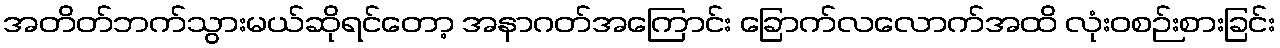
အတိတ်ဘက်သွားမယ်ဆိုရင်တော့ အနာဂတ်အကြောင်း ခြောက်လလောက်အထိ လုံးဝစဉ်းစားခြင်း